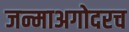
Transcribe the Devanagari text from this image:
जन्माअगोदरच